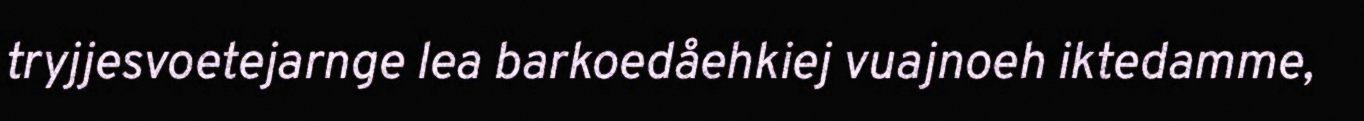
tryjjesvoetejarnge lea barkoedåehkiej vuajnoeh iktedamme,